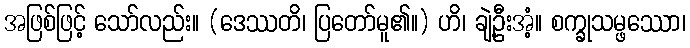
အဖြစ်ဖြင့် သော်လည်း။ (ဒေဿတိ၊ ပြတော်မူ၏။) ဟိ၊ ချဲ့ဦးအံ့။ စက္ခုသမ္ဖဿော၊